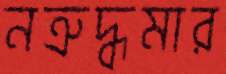
নত্রুদ্ধমার